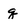
Character: q